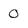
Character: 0